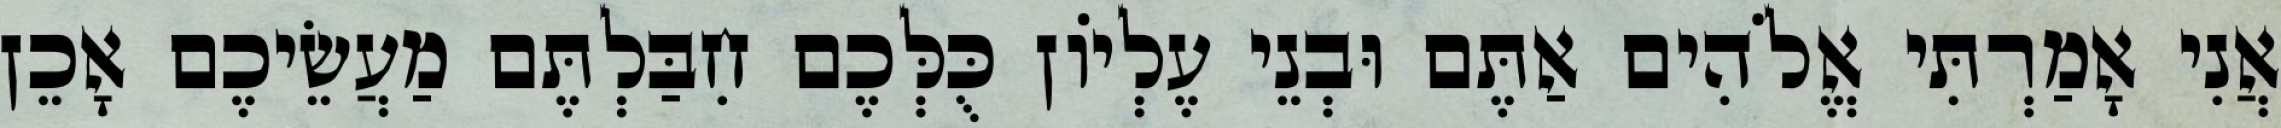
אֲנִי אָמַרְתִּי אֱלֹהִים אַתֶּם וּבְנֵי עֶלְיוֹן כֻּלְּכֶם חִבַּלְתֶּם מַעֲשֵׂיכֶם אָכֵן